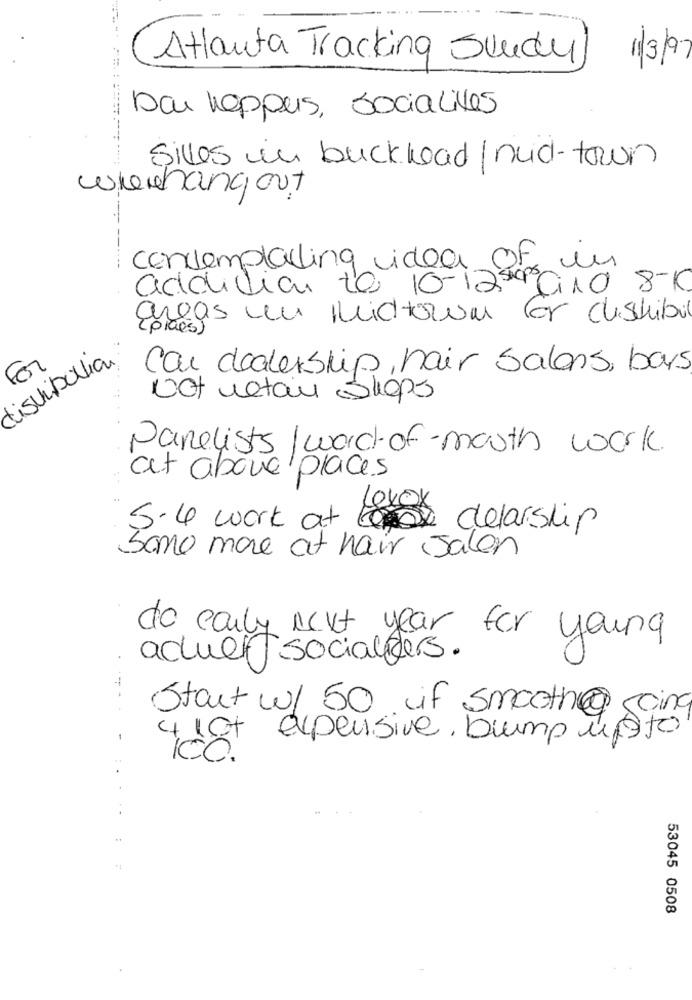
Atlanta Tracking Study
11/3/97
bau hoppers, socialives
gilles in buckhead/nud-town
whenhangout
- ---
contemplating idea Of in
---
addition to 10-12 SHOPS
CIAO 8K
disvibaltian.
For
Car dealership, hair salons, bars
Not metan Shops
Panelists | word of mouth work.
at above places
levox
5.4 work at delarship
Some more at hair Salon
do early Next year for young
actuel socialiders.
- -
Start w/ 50, if smooth@going
-
4 lot expensive bump upto
ICO.
:. ... : :
53045 0508